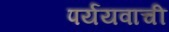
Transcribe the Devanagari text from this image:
पर्ययवाची